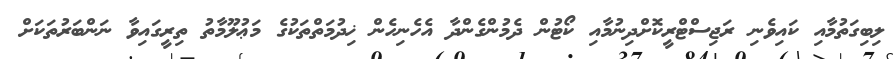
ލިބިގަތުމާއި ކައިވެނި ރަޖިސްޓްރީކޮށްދިނުމާއި ކޯޓުން ދެމުންގެންދާ އެހެނިހެން ޚިދުމަތްތަކުގެ މަޢުލޫމާތު ތިރީގައިވާ ނަންބަރުތަކަށް